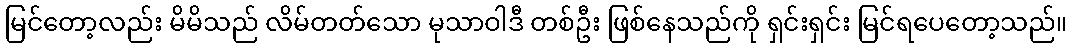
မြင်တော့လည်း မိမိသည် လိမ်တတ်သော မုသာဝါဒီ တစ်ဦး ဖြစ်နေသည်ကို ရှင်းရှင်း မြင်ရပေတော့သည်။